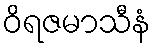
ဝိရဇမာသီနံ